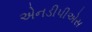
એનડીપીએસ